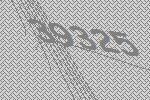
39325